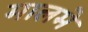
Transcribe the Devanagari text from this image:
मालमे